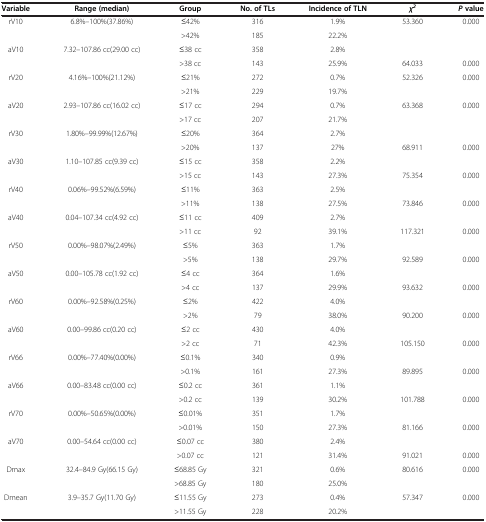
<table><thead><tr><td><b>Variable</b></td><td><b>Range (median)</b></td><td><b>Group</b></td><td><b>No. of TLs</b></td><td><b>Incidence of TLN</b></td><td><b><i>χ</i><sup><i>2</i></sup></b></td><td><b><i>P </i>value</b></td></tr></thead><tbody><tr><td rowspan="2">rV10</td><td rowspan="2">6.8%–100%(37.86%)</td><td>≤42%</td><td>316</td><td>1.9%</td><td rowspan="2">53.360</td><td rowspan="2">0.000</td></tr><tr><td>&gt;42%</td><td>185</td><td>22.2%</td></tr><tr><td>aV10</td><td>7.32–107.86 cc(29.00 cc)</td><td>≤38 cc</td><td>358</td><td>2.8%</td><td> </td><td> </td></tr><tr><td> </td><td> </td><td>&gt;38 cc</td><td>143</td><td>25.9%</td><td>64.033</td><td>0.000</td></tr><tr><td rowspan="2">rV20</td><td rowspan="2">4.16%–100%(21.12%)</td><td>≤21%</td><td>272</td><td>0.7%</td><td rowspan="2">52.326</td><td rowspan="2">0.000</td></tr><tr><td>&gt;21%</td><td>229</td><td>19.7%</td></tr><tr><td rowspan="2">aV20</td><td rowspan="2">2.93–107.86 cc(16.02 cc)</td><td>≤17 cc</td><td>294</td><td>0.7%</td><td rowspan="2">63.368</td><td rowspan="2">0.000</td></tr><tr><td>&gt;17 cc</td><td>207</td><td>21.7%</td></tr><tr><td>rV30</td><td>1.80%–99.99%(12.67%)</td><td>≤20%</td><td>364</td><td>2.7%</td><td> </td><td> </td></tr><tr><td> </td><td> </td><td>&gt;20%</td><td>137</td><td>27%</td><td>68.911</td><td>0.000</td></tr><tr><td>aV30</td><td>1.10–107.85 cc(9.39 cc)</td><td>≤15 cc</td><td>358</td><td>2.2%</td><td> </td><td> </td></tr><tr><td> </td><td> </td><td>&gt;15 cc</td><td>143</td><td>27.3%</td><td>75.354</td><td>0.000</td></tr><tr><td>rV40</td><td>0.06%–99.52%(6.59%)</td><td>≤11%</td><td>363</td><td>2.5%</td><td> </td><td> </td></tr><tr><td> </td><td> </td><td>&gt;11%</td><td>138</td><td>27.5%</td><td>73.846</td><td>0.000</td></tr><tr><td>aV40</td><td>0.04–107.34 cc(4.92 cc)</td><td>≤11 cc</td><td>409</td><td>2.7%</td><td> </td><td> </td></tr><tr><td> </td><td> </td><td>&gt;11 cc</td><td>92</td><td>39.1%</td><td>117.321</td><td>0.000</td></tr><tr><td>rV50</td><td>0.00%–98.07%(2.49%)</td><td>≤5%</td><td>363</td><td>1.7%</td><td> </td><td> </td></tr><tr><td> </td><td> </td><td>&gt;5%</td><td>138</td><td>29.7%</td><td>92.589</td><td>0.000</td></tr><tr><td>aV50</td><td>0.00–105.78 cc(1.92 cc)</td><td>≤4 cc</td><td>364</td><td>1.6%</td><td> </td><td> </td></tr><tr><td> </td><td> </td><td>&gt;4 cc</td><td>137</td><td>29.9%</td><td>93.632</td><td>0.000</td></tr><tr><td>rV60</td><td>0.00%–92.58%(0.25%)</td><td>≤2%</td><td>422</td><td>4.0%</td><td> </td><td> </td></tr><tr><td> </td><td> </td><td>&gt;2%</td><td>79</td><td>38.0%</td><td>90.200</td><td>0.000</td></tr><tr><td>aV60</td><td>0.00–99.86 cc(0.20 cc)</td><td>≤2 cc</td><td>430</td><td>4.0%</td><td> </td><td> </td></tr><tr><td> </td><td> </td><td>&gt;2 cc</td><td>71</td><td>42.3%</td><td>105.150</td><td>0.000</td></tr><tr><td>rV66</td><td>0.00%–77.40%(0.00%)</td><td>≤0.1%</td><td>340</td><td>0.9%</td><td> </td><td> </td></tr><tr><td> </td><td> </td><td>&gt;0.1%</td><td>161</td><td>27.3%</td><td>89.895</td><td>0.000</td></tr><tr><td>aV66</td><td>0.00–83.48 cc(0.00 cc)</td><td>≤0.2 cc</td><td>361</td><td>1.1%</td><td> </td><td> </td></tr><tr><td> </td><td> </td><td>&gt;0.2 cc</td><td>139</td><td>30.2%</td><td>101.788</td><td>0.000</td></tr><tr><td>rV70</td><td>0.00%–50.65%(0.00%)</td><td>≤0.01%</td><td>351</td><td>1.7%</td><td> </td><td> </td></tr><tr><td> </td><td> </td><td>&gt;0.01%</td><td>150</td><td>27.3%</td><td>81.166</td><td>0.000</td></tr><tr><td>aV70</td><td>0.00–54.64 cc(0.00 cc)</td><td>≤0.07 cc</td><td>380</td><td>2.4%</td><td> </td><td> </td></tr><tr><td> </td><td> </td><td>&gt;0.07 cc</td><td>121</td><td>31.4%</td><td>91.021</td><td>0.000</td></tr><tr><td rowspan="2">Dmax</td><td rowspan="2">32.4–84.9 Gy(66.15 Gy)</td><td>≤68.85 Gy</td><td>321</td><td>0.6%</td><td rowspan="2">80.616</td><td rowspan="2">0.000</td></tr><tr><td>&gt;68.85 Gy</td><td>180</td><td>25.0%</td></tr><tr><td>Dmean</td><td>3.9–35.7 Gy(11.70 Gy)</td><td>≤11.55 Gy</td><td>273</td><td>0.4%</td><td>57.347</td><td>0.000</td></tr><tr><td> </td><td> </td><td>&gt;11.55 Gy</td><td>228</td><td>20.2%</td><td> </td><td> </td></tr></tbody></table>